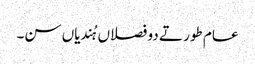
عام طور تے دو فصلاں ہُندیاں سن۔